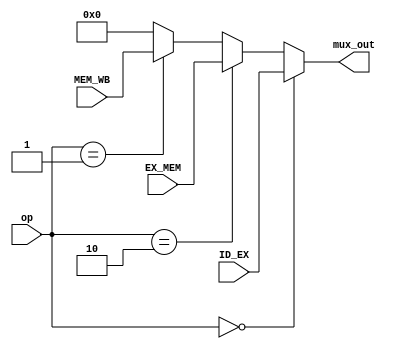
`timescale 1ns / 1ps
//////////////////////////////////////////////////////////////////////////////////
// Company: 
// Engineer: 
// 
// Design Name: 
// Module Name: FORWARDING_MUX
// Project Name: 
// Target Devices: 
// Tool Versions: 
// Description: 
// 
// Dependencies: 
// 
// Revision:
// Revision 0.01 - File Created
// Additional Comments:
// 
//////////////////////////////////////////////////////////////////////////////////


(* keep_hierarchy = "yes" *) module FORWARDING_MUX(ID_EX, EX_MEM, MEM_WB, op, mux_out);
    input [31:0] ID_EX, EX_MEM, MEM_WB;
    input [1:0] op;
    output reg [31:0] mux_out;
    
    always @(ID_EX, EX_MEM, MEM_WB, op) begin
        if(op == 2'b00) begin
            mux_out <= ID_EX;
        end else if(op == 2'b10) begin
            mux_out <= EX_MEM;
        end else if(op == 2'b01) begin
            mux_out <= MEM_WB;
        end else begin
            mux_out <= 32'b0;
        end  
    end
    
endmodule